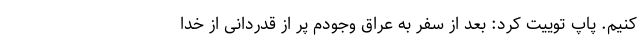
کنیم. پاپ توییت کرد: بعد از سفر به عراق وجودم پر از قدردانی از خدا